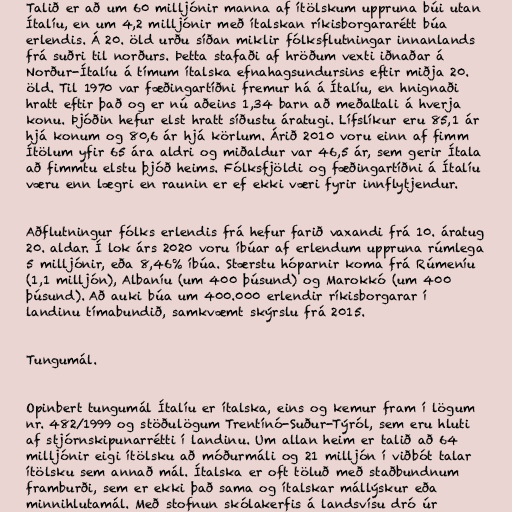
Talið er að um 60 milljónir manna af ítölskum uppruna búi utan
Ítalíu, en um 4,2 milljónir með ítalskan ríkisborgararétt búa
erlendis. Á 20. öld urðu síðan miklir fólksflutningar innanlands
frá suðri til norðurs. Þetta stafaði af hröðum vexti iðnaðar á
Norður-Ítalíu á tímum ítalska efnahagsundursins eftir miðja 20.
öld. Til 1970 var fæðingartíðni fremur há á Ítalíu, en hnignaði
hratt eftir það og er nú aðeins 1,34 barn að meðaltali á hverja
konu. Þjóðin hefur elst hratt síðustu áratugi. Lífslíkur eru 85,1 ár
hjá konum og 80,6 ár hjá körlum. Árið 2010 voru einn af fimm
Ítölum yfir 65 ára aldri og miðaldur var 46,5 ár, sem gerir Ítala
að fimmtu elstu þjóð heims. Fólksfjöldi og fæðingartíðni á Ítalíu
væru enn lægri en raunin er ef ekki væri fyrir innflytjendur.

Aðflutningur fólks erlendis frá hefur farið vaxandi frá 10. áratug
20. aldar. Í lok árs 2020 voru íbúar af erlendum uppruna rúmlega
5 milljónir, eða 8,46% íbúa. Stærstu hóparnir koma frá Rúmeníu
(1,1 milljón), Albaníu (um 400 þúsund) og Marokkó (um 400
þúsund). Að auki búa um 400.000 erlendir ríkisborgarar í
landinu tímabundið, samkvæmt skýrslu frá 2015.

Tungumál.

Opinbert tungumál Ítalíu er ítalska, eins og kemur fram í lögum
nr. 482/1999 og stöðulögum Trentínó-Suður-Týról, sem eru hluti
af stjórnskipunarrétti í landinu. Um allan heim er talið að 64
milljónir eigi ítölsku að móðurmáli og 21 milljón í viðbót talar
ítölsku sem annað mál. Ítalska er oft töluð með staðbundnum
framburði, sem er ekki það sama og ítalskar mállýskur eða
minnihlutamál. Með stofnun skólakerfis á landsvísu dró úr